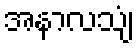
အနာလသျံ